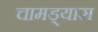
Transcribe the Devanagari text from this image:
चामड्यास